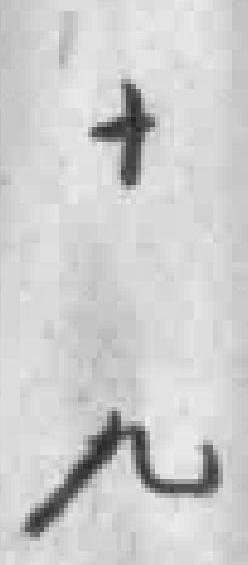
十九